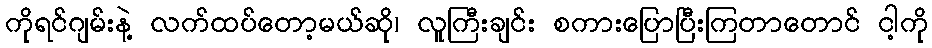
ကိုရင်ဂျမ်းနဲ့ လက်ထပ်တော့မယ်ဆို၊ လူကြီးချင်း စကားပြောပြီးကြတာတောင် ငါ့ကို